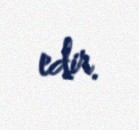
edir.